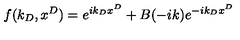
f ( k _ { D } , x ^ { D } ) = e ^ { i k _ { D } x ^ { D } } + B ( - i k ) e ^ { - i k _ { D } x ^ { D } }